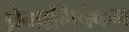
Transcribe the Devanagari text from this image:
प्रेमाभिषेकम